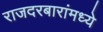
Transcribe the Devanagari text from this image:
राजदरबारांमध्ये